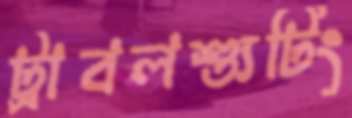
ট্রাবলশ্যুটিং